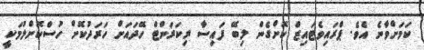
ކަމަށްވާނެ އެވެ. ޕްރައިވެޓައިޒް ކޮށްގެން ލިބޭ ފައިސާ ރިކަރަންޓް ހޭދައަށް ހަރަދުކޮށް ހުސްކޮށްލުމަކީ